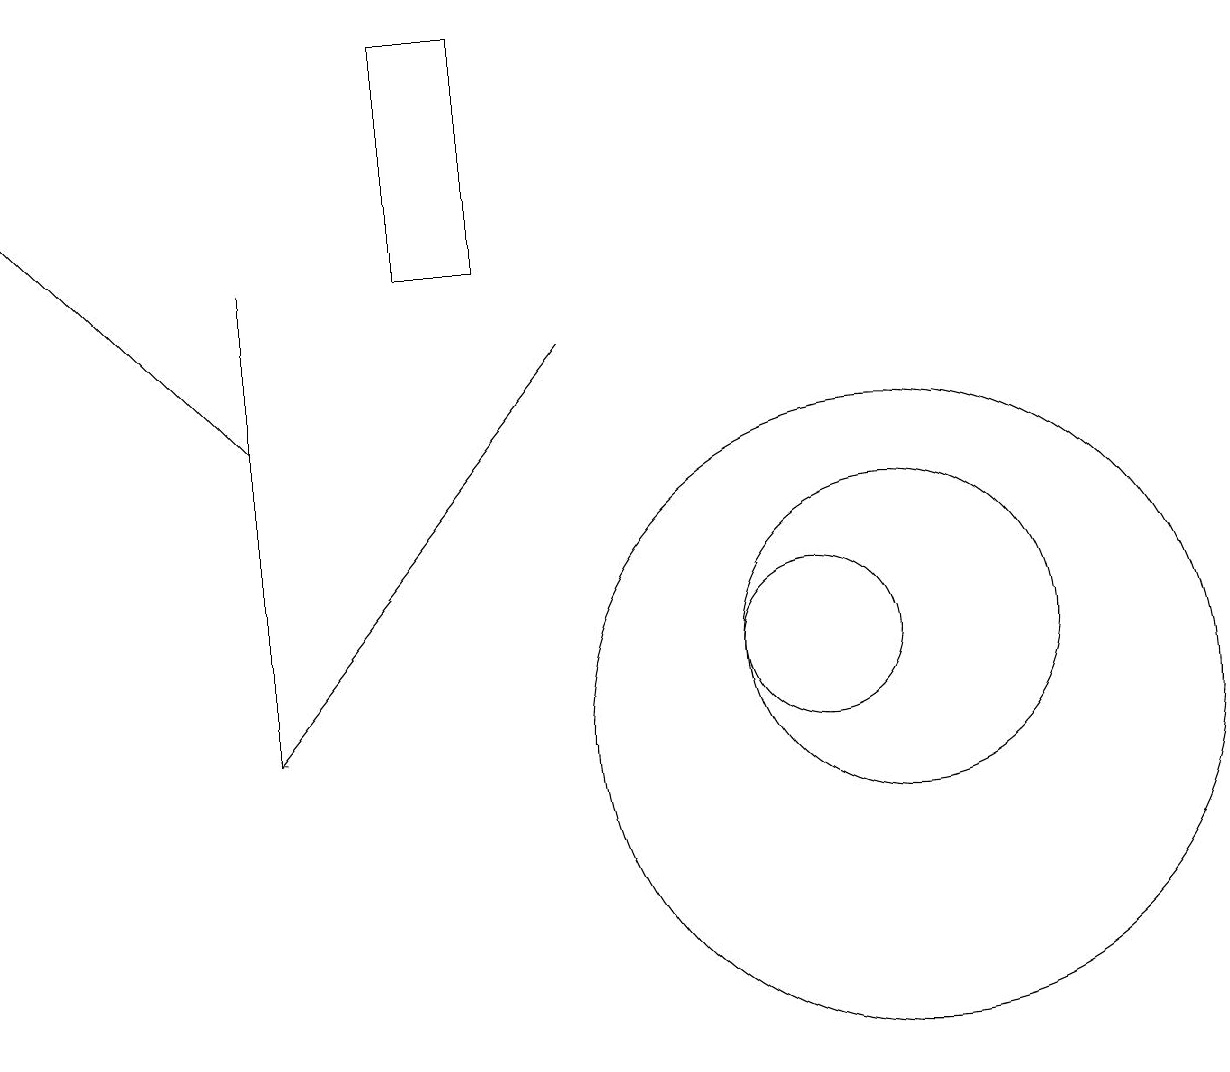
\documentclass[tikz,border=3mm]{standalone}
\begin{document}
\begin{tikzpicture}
\draw (11,10) circle (4);
\draw[->] (3,14) -- (0,17);
\draw (10,11) circle (1);
\draw (11,11) circle (2);
\draw[->] (7,15) -- (3,10);
\draw (6,16) rectangle (5,19);
\draw (3,16) rectangle (3,10);
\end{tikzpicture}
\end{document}